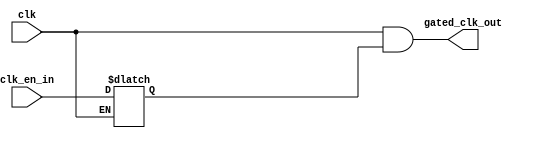
module clk_gate(
	input clk_en_in,
	input clk,
	output gated_clk_out
);

reg latch_out;

always @(*)
begin
	if(!clk)
		latch_out = clk_en_in;
end

assign gated_clk_out = clk && latch_out;

endmodule